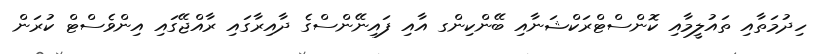
ހިދުމަތާއި ތައުލީމާއި ކޮންސްޓްރަކްޝަނާއި ބޭންކިންގ އާއި ފައިނޭންސްގެ ދާއިރާގައި ރާއްޖޭގައި އިންވެސްޓް ކުރަން